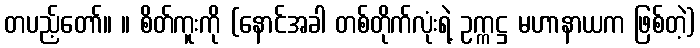
တပည့်တော်။ ။ စိတ်ကူးကို (နောင်အခါ တစ်တိုက်လုံးရဲ့ ဥက္ကဋ္ဌ မဟာနာယက ဖြစ်တဲ့)